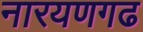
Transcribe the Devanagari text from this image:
नारयणगढ